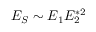
E _ { S } \sim E _ { 1 } E _ { 2 } ^ { * 2 }